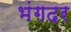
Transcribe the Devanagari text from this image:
भंगदर